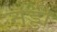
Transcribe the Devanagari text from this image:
नड्डी